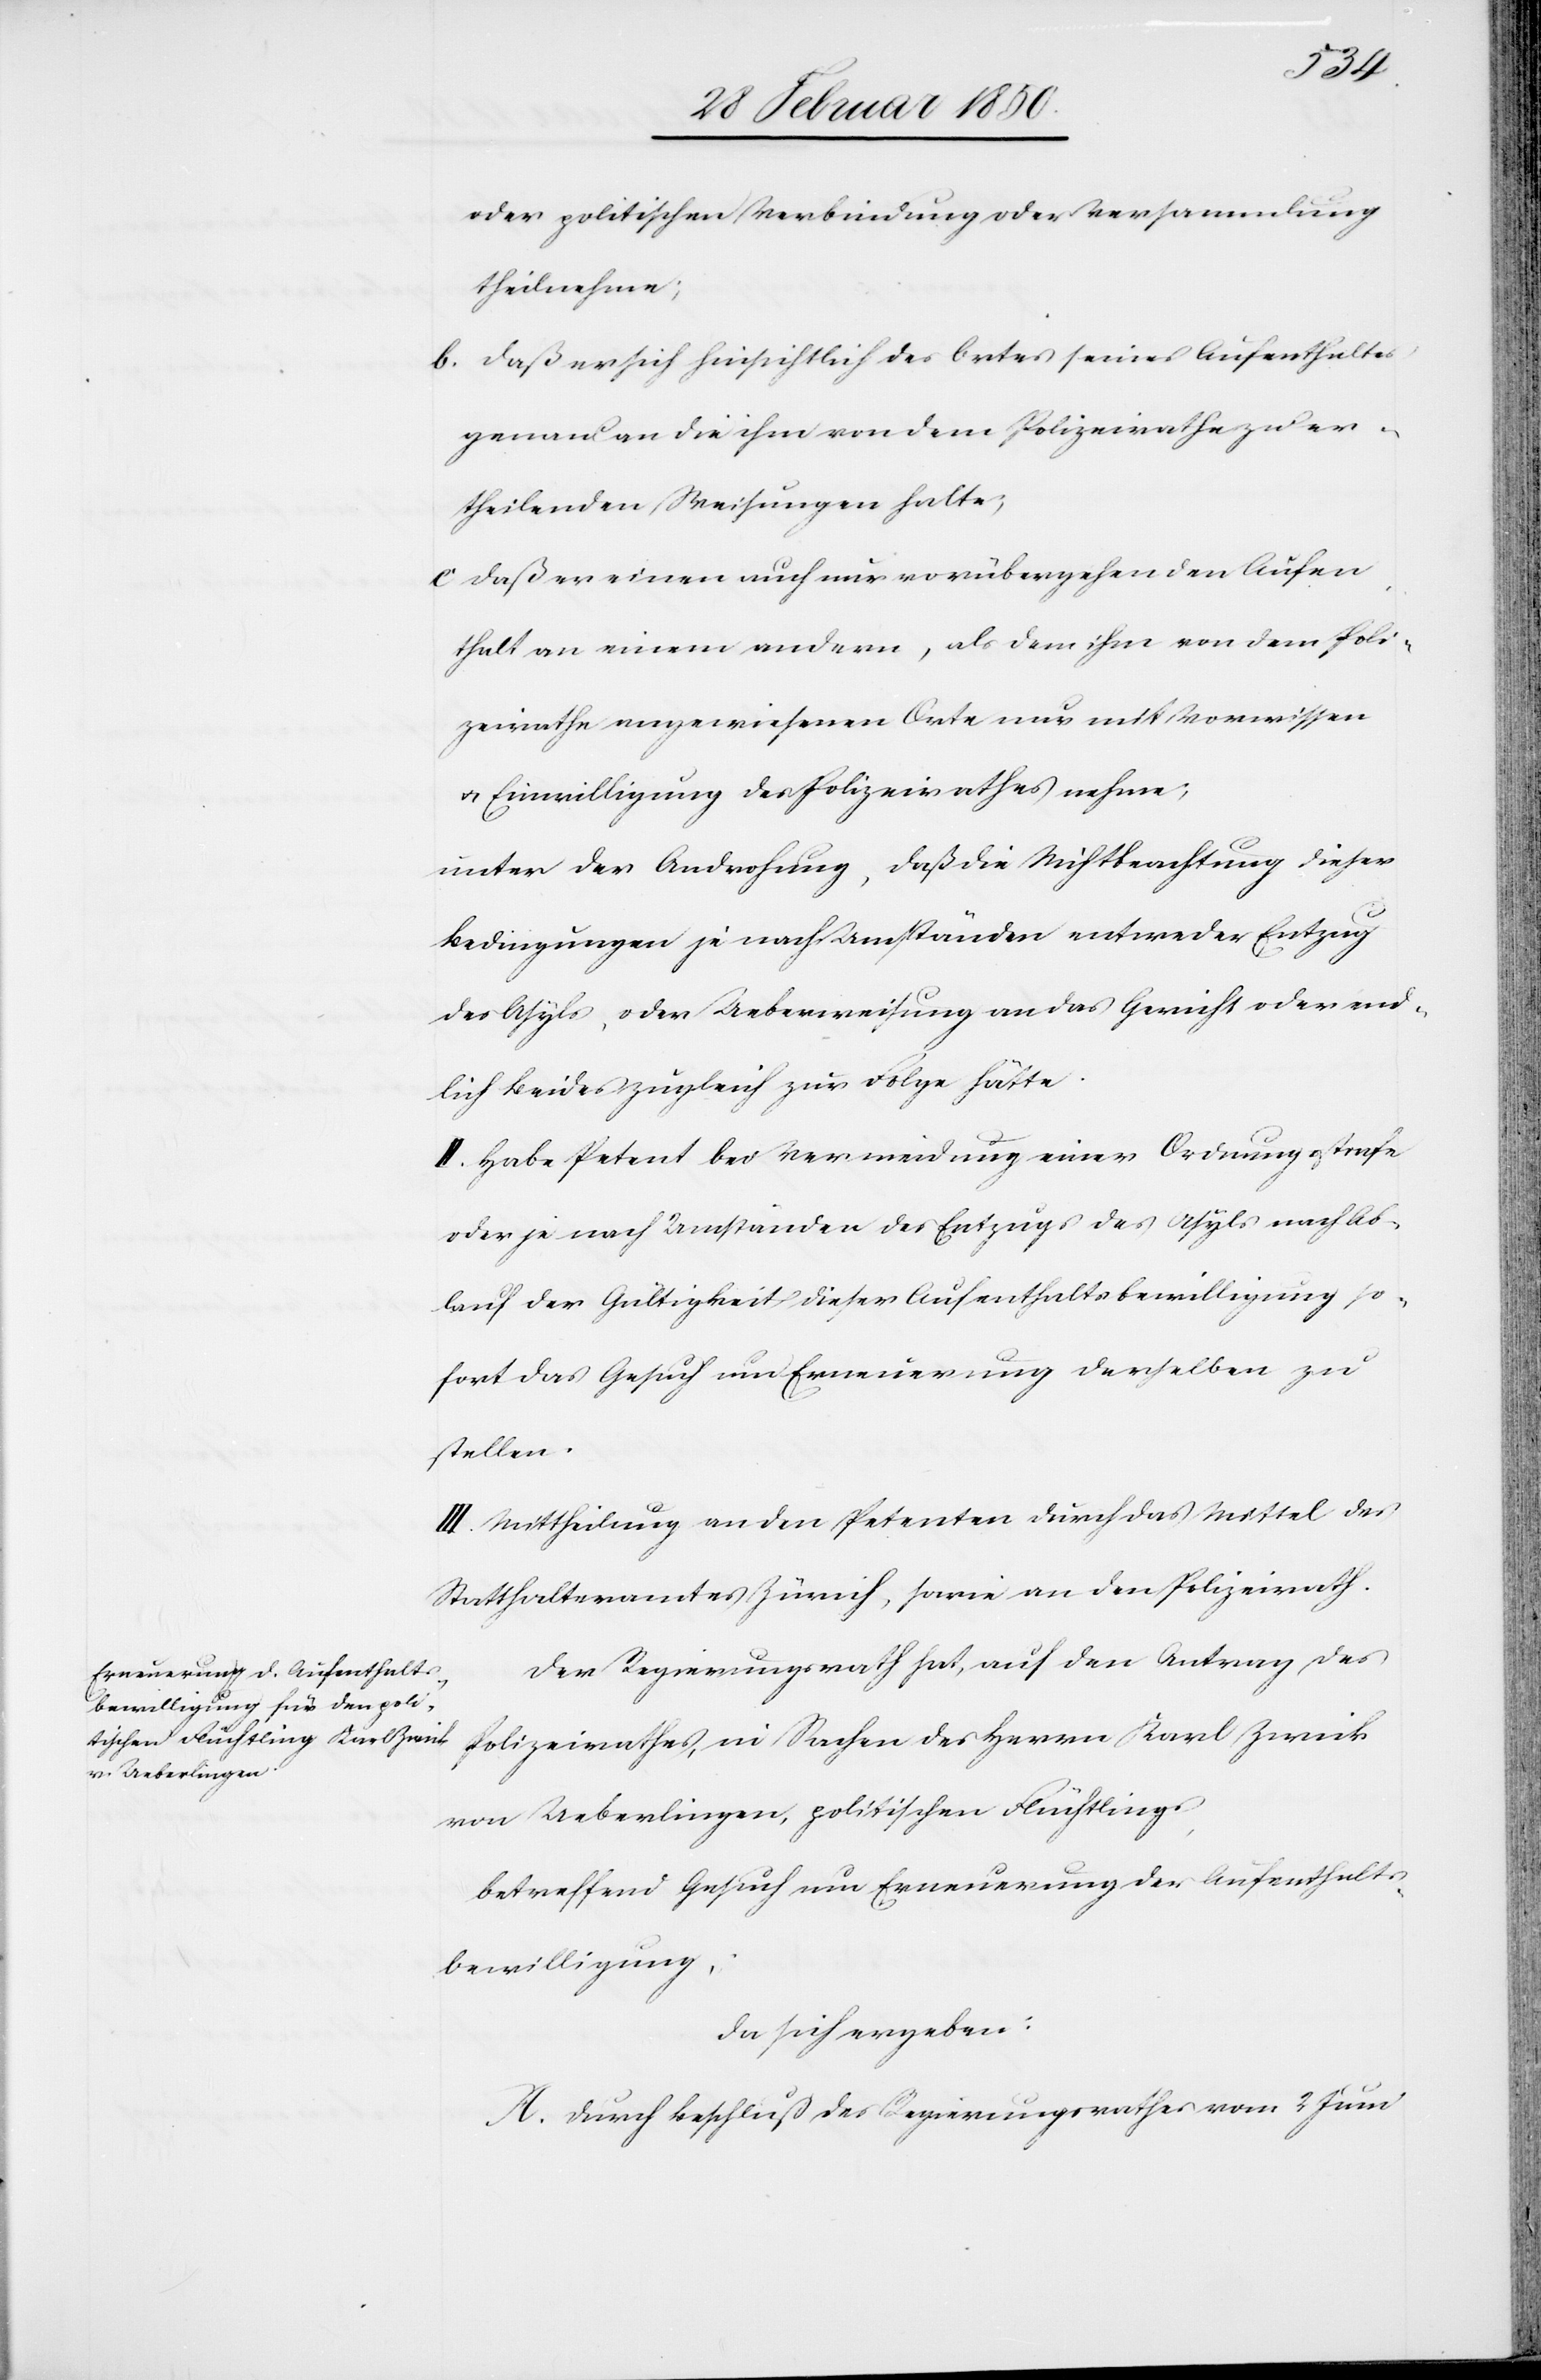
oder politischen Verbindung oder Versammlung
theilnehme;
b. Daß er sich hinsichtlich des Ortes seines Aufenthaltes
genau an die ihm von dem Polizeirathe zu er¬
theilenden Weisungen halte;
c. Daß er einen auch nur vorübergehenden Aufen¬
thalt an einem andern, als dem ihm von dem Poli¬
zeirathe angewiesenen Orte nur mit Vorwissen
u. Einwilligung des Polizeirathes nehme;
unter der Androhung, daß die Nichtbeachtung dieser
Bedingungen je nach Umständen entweder Entzug
des Asyls, oder Ueberweisung an das Gericht oder end¬
lich Beides zugleich zur Folge hätte.
II. Habe Petent bei Vermeidung einer Ordnungsstrafe
oder je nach Umständen des Entzugs des Asyls nach Ab¬
lauf der Gültigkeit dieser Aufenthaltsbewilligung so¬
fort das Gesuch um Erneuerung derselben zu
stellen.
III. Mittheilung an den Petenten durch das Mittel des
Statthalteramtes Zürich, sowie an den Polizeirath.
Der Regierungsrath hat, auf den Antrag des
Polizeirathes, in Sachen des Herrn Karl Zwick
von Ueberlingen, politischen Flüchtlings,
betreffend Gesuch um Erneuerung der Aufenthalts¬
bewilligung,
da sich ergeben:
A. Durch Beschluß des Regierungsrathes vom 2 Juni